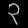
Digit: ၃